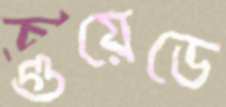
গুয়েডে